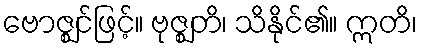
ဗောဇ္ဈင်ဖြင့်။ ဗုဇ္ဈတိ၊ သိနိုင်၏။ ဣတိ၊